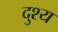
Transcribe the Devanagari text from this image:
दुश्‍य